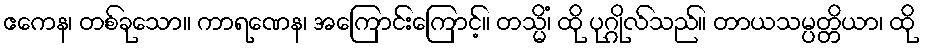
ဧကေန၊ တစ်ခုသော။ ကာရဏေန၊ အကြောင်းကြောင့်။ တသ္မိံ၊ ထို ပုဂ္ဂိုလ်သည်။ တာယသမ္ပတ္တိယာ၊ ထို